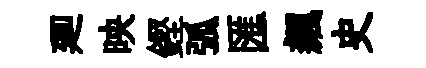
廽映鏗弧匯飆史